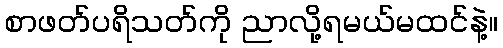
စာဖတ်ပရိသတ်ကို ညာလို့ရမယ်မထင်နဲ့။